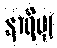
နာရီမျှ